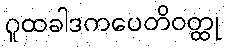
ဂူထခါဒကပေတိဝတ္ထု